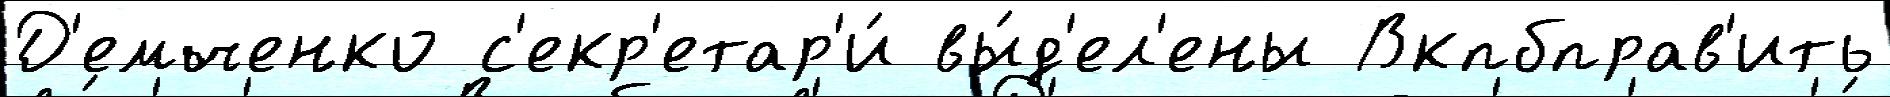
Д'емченко с'екр'етар'и́ вы́д'ел'ены Вкпбправ'ить